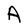
Character: A